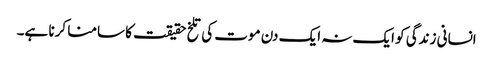
انسانی زندگی کو ایک نہ ایک دن موت کی تلخ حقیقت کا سامنا کرنا ہے۔